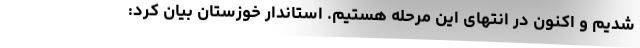
شدیم و اکنون در انتهای این مرحله هستیم. استاندار خوزستان بیان کرد: